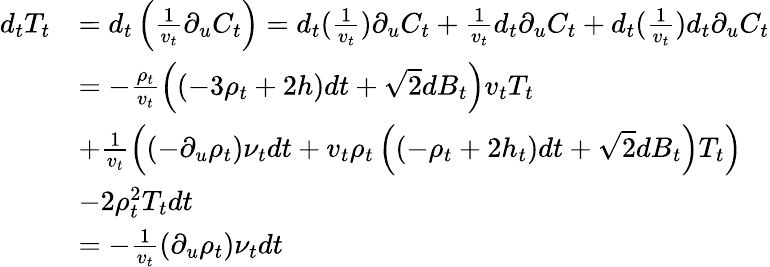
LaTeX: \begin{array}{rl}{d_{t}T_{t}}&{=d_{t}\left(\frac{1}{v_{t}}\partial_{u}C_{t}\right)=d_{t}(\frac{1}{v_{t}})\partial_{u}C_{t}+\frac{1}{v_{t}}d_{t}\partial_{u}C_{t}+d_{t}(\frac{1}{v_{t}})d_{t}\partial_{u}C_{t}}\\ &{=-\frac{\rho_{t}}{v_{t}}\left((-3\rho_{t}+2h)dt+\sqrt{2}dB_{t}\right)v_{t}T_{t}}\\ &{+\frac{1}{v_{t}}\left((-\partial_{u}\rho_{t})\nu_{t}dt+v_{t}\rho_{t}\left((-\rho_{t}+2h_{t})dt+\sqrt{2}dB_{t}\right)T_{t}\right)}\\ &{-2\rho_{t}^{2}T_{t}dt}\\ &{=-\frac{1}{v_{t}}(\partial_{u}\rho_{t})\nu_{t}dt}\end{array}